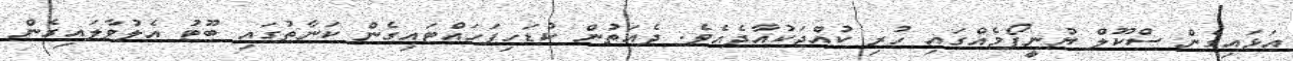
އަޅައިގެން ސްކޫލް ޔުނީފޯމެއްގައި ހުރި ކުއްޖަކުއާދެއެވެ. ދެއަތުން ކުޑަހިފަހައްޓައިގެން ކަނާތުގައި ބޫޓު އެލުވާލައިގެން